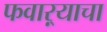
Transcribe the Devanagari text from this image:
फवाऱ्याचा